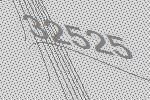
32525